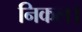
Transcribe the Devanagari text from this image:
निकल।